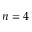
n = 4